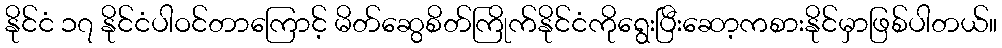
နိုင်ငံ ၁၇ နိုင်ငံပါဝင်တာကြောင့် မိတ်ဆွေစိတ်ကြိုက်နိုင်ငံကိုရွေးပြီးဆော့ကစားနိုင်မှာဖြစ်ပါတယ်။